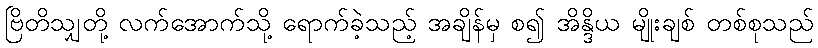
ဗြိတိသျှတို့ လက်အောက်သို့ ရောက်ခဲ့သည့် အချိန်မှ စ၍ အိန္ဒိယ မျိုးချစ် တစ်စုသည်